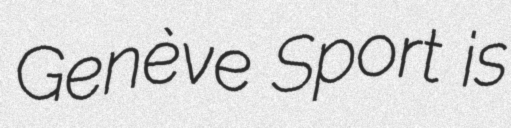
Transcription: Genève Sport is